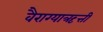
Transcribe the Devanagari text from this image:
वैराग्याऋत्ती